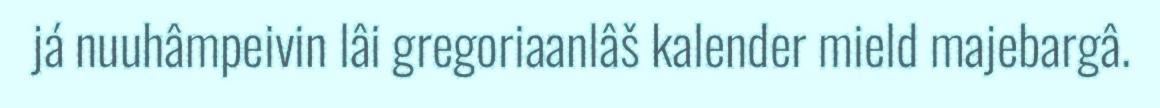
já nuuhâmpeivin lâi gregoriaanlâš kalender mield majebargâ.